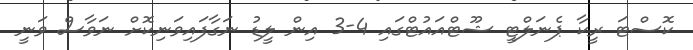
ކޮސްޓަ ރީކާ ޕެނަލްޓީ ޝޫޓްއައުޓްގައި 4-3 އިން ލީޑު ނަގާފައިވަނިކޮށް ނަވާސް ވަނީ